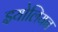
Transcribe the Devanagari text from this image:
इयोलियन